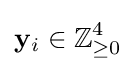
\mathbf {y} _{i}\in \mathbb {Z} _{\geq 0}^{4}